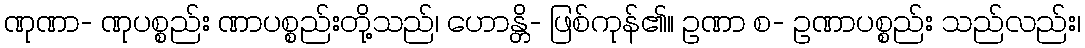
ဏုဏာ- ဏုပစ္စည်း ဏာပစ္စည်းတို့သည်၊ ဟောန္တိ- ဖြစ်ကုန်၏။ ဥဏာ စ- ဥဏာပစ္စည်း သည်လည်း၊